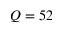
Q = 5 2